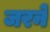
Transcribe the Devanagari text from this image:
जरने